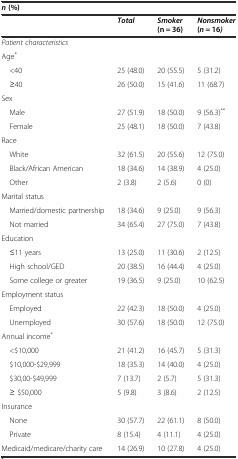
| <COLSPAN=4> n(%) |
 |  | Total | Smoker(n = 36) | Nonsmoker(n = 16) |
 | --- | --- | --- | --- |
 | <COLSPAN=4> Patient characteristics |
 | Age* |  |  |  |
 | <40 | 25 (48.0) | 20 (55.5) | 5 (31.2) |
 | ≥40 | 26 (50.0) | 15 (41.6) | 11 (68.7) |
 | Sex |  |  |  |
 | Male | 27 (51.9) | 18 (50.0) | 9 (56.3)** |
 | Female | 25 (48.1) | 18 (50.0) | 7 (43.8) |
 | Race |  |  |  |
 | White | 32 (61.5) | 20 (55.6) | 12 (75.0) |
 | Black/African American | 18 (34.6) | 14 (38.9) | 4 (25.0) |
 | Other | 2 (3.8) | 2 (5.6) | 0 (0) |
 | Marital status |  |  |  |
 | Married/domestic partnership | 18 (34.6) | 9 (25.0) | 9 (56.3) |
 | Not married | 34 (65.4) | 27 (75.0) | 7 (43.8) |
 | Education |  |  |  |
 | ≤11 years | 13 (25.0) | 11 (30.6) | 2 (12.5) |
 | High school/GED | 20 (38.5) | 16 (44.4) | 4 (25.0) |
 | Some college or greater | 19 (36.5) | 9 (25.0) | 10 (62.5) |
 | Employment status |  |  |  |
 | Employed | 22 (42.3) | 18 (50.0) | 4 (25.0) |
 | Unemployed | 30 (57.6) | 18 (50.0) | 12 (75.0) |
 | Annual income* |  |  |  |
 | <$10,000 | 21 (41.2) | 16 (45.7) | 5 (31.3) |
 | $10,000-$29,999 | 18 (35.3) | 14 (40.0) | 4 (25.0) |
 | $30,00-$49,999 | 7 (13.7) | 2 (5.7) | 5 (31.3) |
 | ≥ $50,000 | 5 (9.8) | 3 (8.6) | 2 (12.5) |
 | Insurance |  |  |  |
 | None | 30 (57.7) | 22 (61.1) | 8 (50.0) |
 | Private | 8 (15.4) | 4 (11.1) | 4 (25.0) |
 | Medicaid/medicare/charity care | 14 (26.9) | 10 (27.8) | 4 (25.0) |